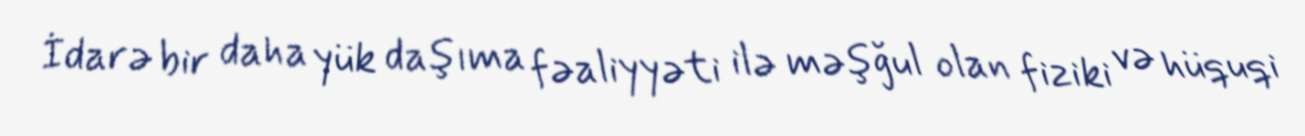
İdarə bir daha yük daşıma fəaliyyəti ilə məşğul olan fiziki və hüquqi